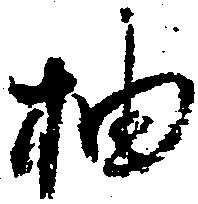
抽